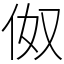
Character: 伮